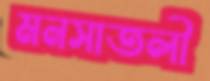
মনসাতলী